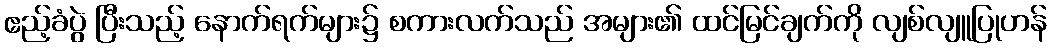
ဧည့်ခံပွဲ ပြီးသည့် နောက်ရက်များ၌ စကားလက်သည် အများ၏ ထင်မြင်ချက်ကို လျစ်လျူပြုဟန်